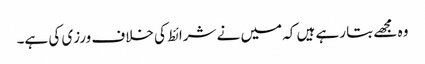
وہ مجھے بتا رہے ہیں کہ میں نے شرائط کی خلاف ورزی کی ہے۔